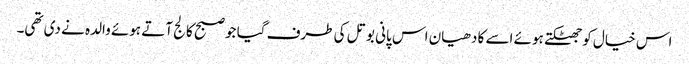
اس خیال کو جھٹکتے ہوئے اسے کا دھیان اس پانی بوتل کی طرف گیا جو صبح کالج آتے ہوئے والدہ نے دی تھی۔